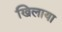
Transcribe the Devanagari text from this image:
खिलाया